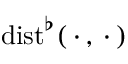
\mathrm { { d i s t } } ^ { \flat } ( \mathrel { \, \cdot \, } , \mathrel { \, \cdot \, } )